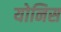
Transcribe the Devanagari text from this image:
योनिस